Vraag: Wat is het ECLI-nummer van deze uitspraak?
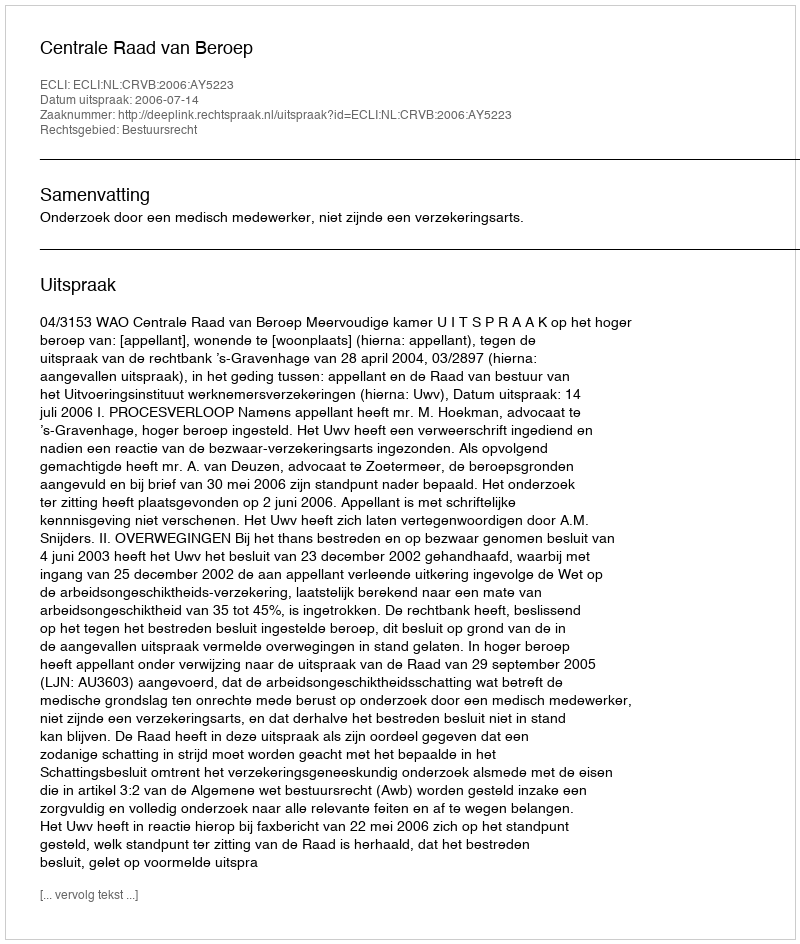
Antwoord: ECLI:NL:CRVB:2006:AY5223